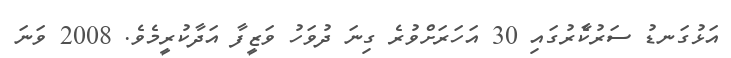
އަޅުގަނޑު ސަރުކާެރުގައި 30 އަހަރަށްވުރެ ގިނަ ދުވަހު ވަޒީފާ އަދާކުރީމެވެ. 2008 ވަނަ